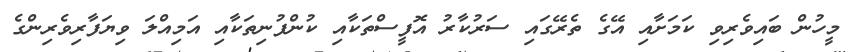
މީހުން ބައިވެރިވި ކަމަށާއި އޭގެ ތެރޭގައި ސަރުކާރު އޮފީސްތަކާއި ކުންފުނިތަކާއި އަމިއްލަ ވިޔަފާރިވެރިންގެ